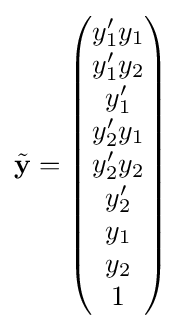
{\tilde {\mathbf {y} }}={\begin{pmatrix}y'_{1}y_{1}\\y'_{1}y_{2}\\y'_{1}\\y'_{2}y_{1}\\y'_{2}y_{2}\\y'_{2}\\y_{1}\\y_{2}\\1\end{pmatrix}}